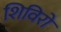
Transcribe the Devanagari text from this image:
शिविरो